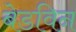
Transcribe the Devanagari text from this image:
बेडविन